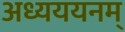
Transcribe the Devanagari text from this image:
अध्यययनम्